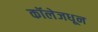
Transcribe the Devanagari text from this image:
कॉलेजधून